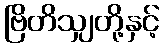
ဗြိတိသျှတို့နှင့်